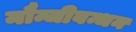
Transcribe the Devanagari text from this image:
मौन्जीबन्धन